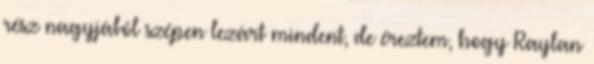
rész nagyjából szépen lezárt mindent, de éreztem, hogy Raylan